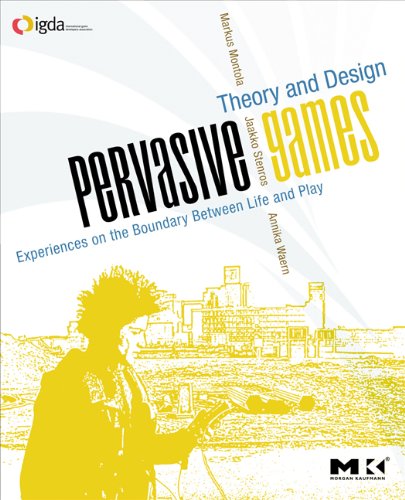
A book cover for Pervasive Games: Theory and Design (Morgan Kaufmann Game Design Books); Markus Montola; Computers & Technology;